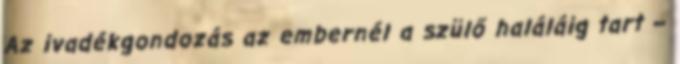
Az ivadékgondozás az embernél a szülő haláláig tart –